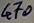
Text: 470